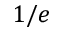
1 / e